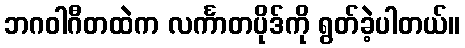
ဘဂဝါဂီတထဲက လင်္ကာတပိုဒ်ကို ရွတ်ခဲ့ပါတယ်။